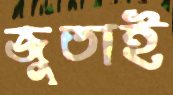
জুতাই